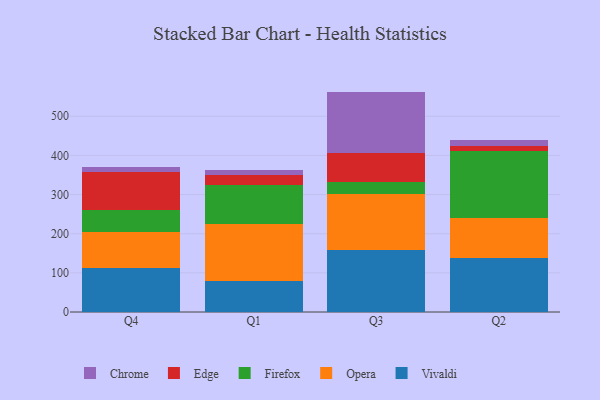
{"axis": {"x": "Quarter", "y": "Temperature (°C)"}, "legend": ["Chrome", "Edge", "Firefox", "Opera", "Vivaldi"], "data": [{"x": "Q4", "y": 111.8, "type": "Vivaldi"}, {"x": "Q4", "y": 91.9, "type": "Opera"}, {"x": "Q4", "y": 57.6, "type": "Firefox"}, {"x": "Q4", "y": 95.3, "type": "Edge"}, {"x": "Q4", "y": 14.2, "type": "Chrome"}, {"x": "Q1", "y": 80.3, "type": "Vivaldi"}, {"x": "Q1", "y": 145.2, "type": "Opera"}, {"x": "Q1", "y": 98.2, "type": "Firefox"}, {"x": "Q1", "y": 25.9, "type": "Edge"}, {"x": "Q1", "y": 14.4, "type": "Chrome"}, {"x": "Q3", "y": 157.8, "type": "Vivaldi"}, {"x": "Q3", "y": 142.7, "type": "Opera"}, {"x": "Q3", "y": 31.5, "type": "Firefox"}, {"x": "Q3", "y": 74.8, "type": "Edge"}, {"x": "Q3", "y": 156.2, "type": "Chrome"}, {"x": "Q2", "y": 138.9, "type": "Vivaldi"}, {"x": "Q2", "y": 101.4, "type": "Opera"}, {"x": "Q2", "y": 170.6, "type": "Firefox"}, {"x": "Q2", "y": 13.4, "type": "Edge"}, {"x": "Q2", "y": 15.7, "type": "Chrome"}]}